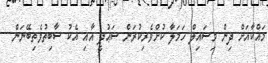
މައްކާއަށް ދިން މިސައިލް ހަމަލާ ކުށްވެރިކުރަން ސަޢުދީ އާއި އެކު ސާބިތުވެތިބޭނަން